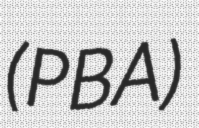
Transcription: (PBA)